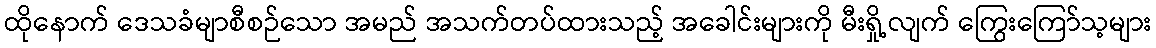
ထိုနောက် ဒေသခံမျာစီစဉ်သော အမည် အသက်တပ်ထားသည့် အခေါင်းများကို မီးရှို့လျက် ကြွေးကြော်သ့များ